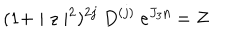
( 1 + \mid z \mid ^ { 2 } ) ^ { 2 j } ~ D ^ { ( j ) } ~ e ^ { J _ { 3 } \eta } = Z